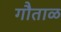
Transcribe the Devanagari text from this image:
गौताळ